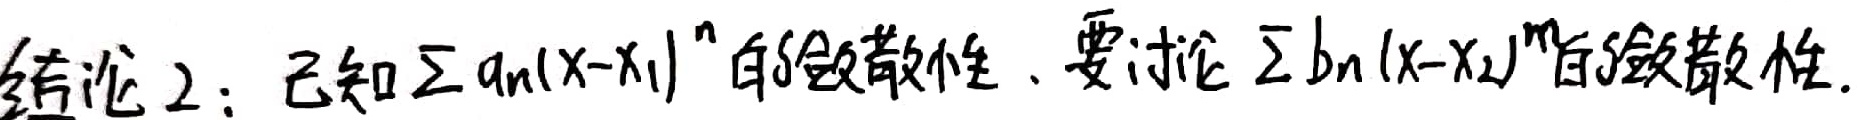
结论2：已知\(\sum a_n(x - x_1)^n\)的敛散性，要讨论\(\sum b_n(x - x_2)^m\)的敛散性.